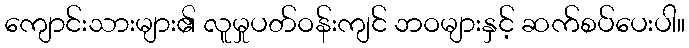
ကျောင်းသားများ၏ လူမှုပတ်ဝန်းကျင် ဘဝများနှင့် ဆက်စပ်ပေးပါ။